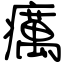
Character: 癘